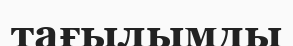
тағылымды